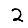
Digit: 2